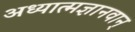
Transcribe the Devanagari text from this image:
अध्यात्मज्ञानवान्